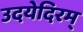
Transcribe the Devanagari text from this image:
उदयेदिरम्